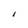
Character: I